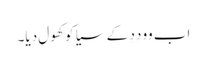
اَب وو دِدِ کے سیا کو کھول دِیا۔